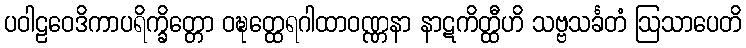
ပဝါဠဝေဒိကာပရိက္ခိတ္တော ဝဍ္ဎတ္ထေရဂါထာဝဏ္ဏနာ နာဋကိတ္ထီဟိ သဗ္ဗသင်္ခတံ ဩသာပေတိ